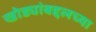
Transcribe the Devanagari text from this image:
खोड्यांबद्दलच्या